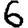
Digit: 6